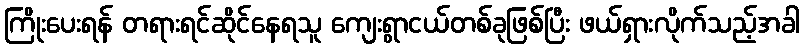
ကြိုးပေးရန် တရားရင်ဆိုင်နေရသူ ကျေးရွာငယ်တစ်ခုဖြစ်ပြီး ဖယ်ရှားလိုက်သည့်အခါ